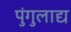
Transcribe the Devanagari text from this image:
पुंगुलाद्य